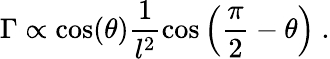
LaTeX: \Gamma\propto\cos(\theta)\frac{1}{l^{2}}\cos\left(\frac{\pi}{2}-\theta\right)~.